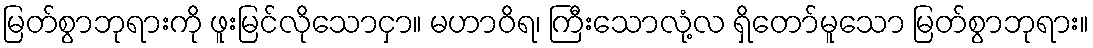
မြတ်စွာဘုရားကို ဖူးမြင်လိုသောငှာ။ မဟာဝိရ၊ ကြီးသောလုံ့လ ရှိတော်မူသော မြတ်စွာဘုရား။